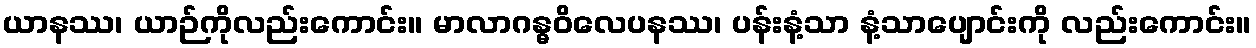
ယာနဿ၊ ယာဉ်ကိုလည်းကောင်း။ မာလာဂန္ဓဝိလေပနဿ၊ ပန်းနံ့သာ နံ့သာပျောင်းကို လည်းကောင်း။